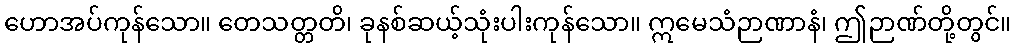
ဟောအပ်ကုန်သော။ တေသတ္တတိ၊ ခုနစ်ဆယ့်သုံးပါးကုန်သော။ ဣမေသံဉာဏာနံ၊ ဤဉာဏ်တို့တွင်။